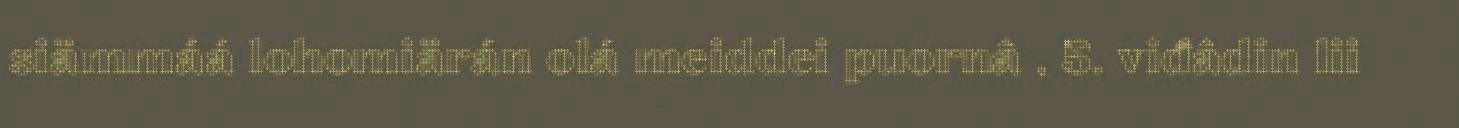
siämmáá lohomiärán olá meiddei puornâ , 5. viđâdin lii